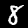
Label: 8